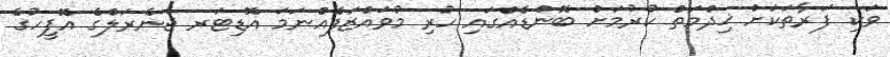
ވަކި ފަރާތަކަށް ޚިދްމަތް ކުރުމަށް ބޮންޑެއްގައި ހުރި މުވައްޒަފެއްނަމަ އޮޑިޓަރ ޖެނެރަލްގެ އޮފީހުގެ